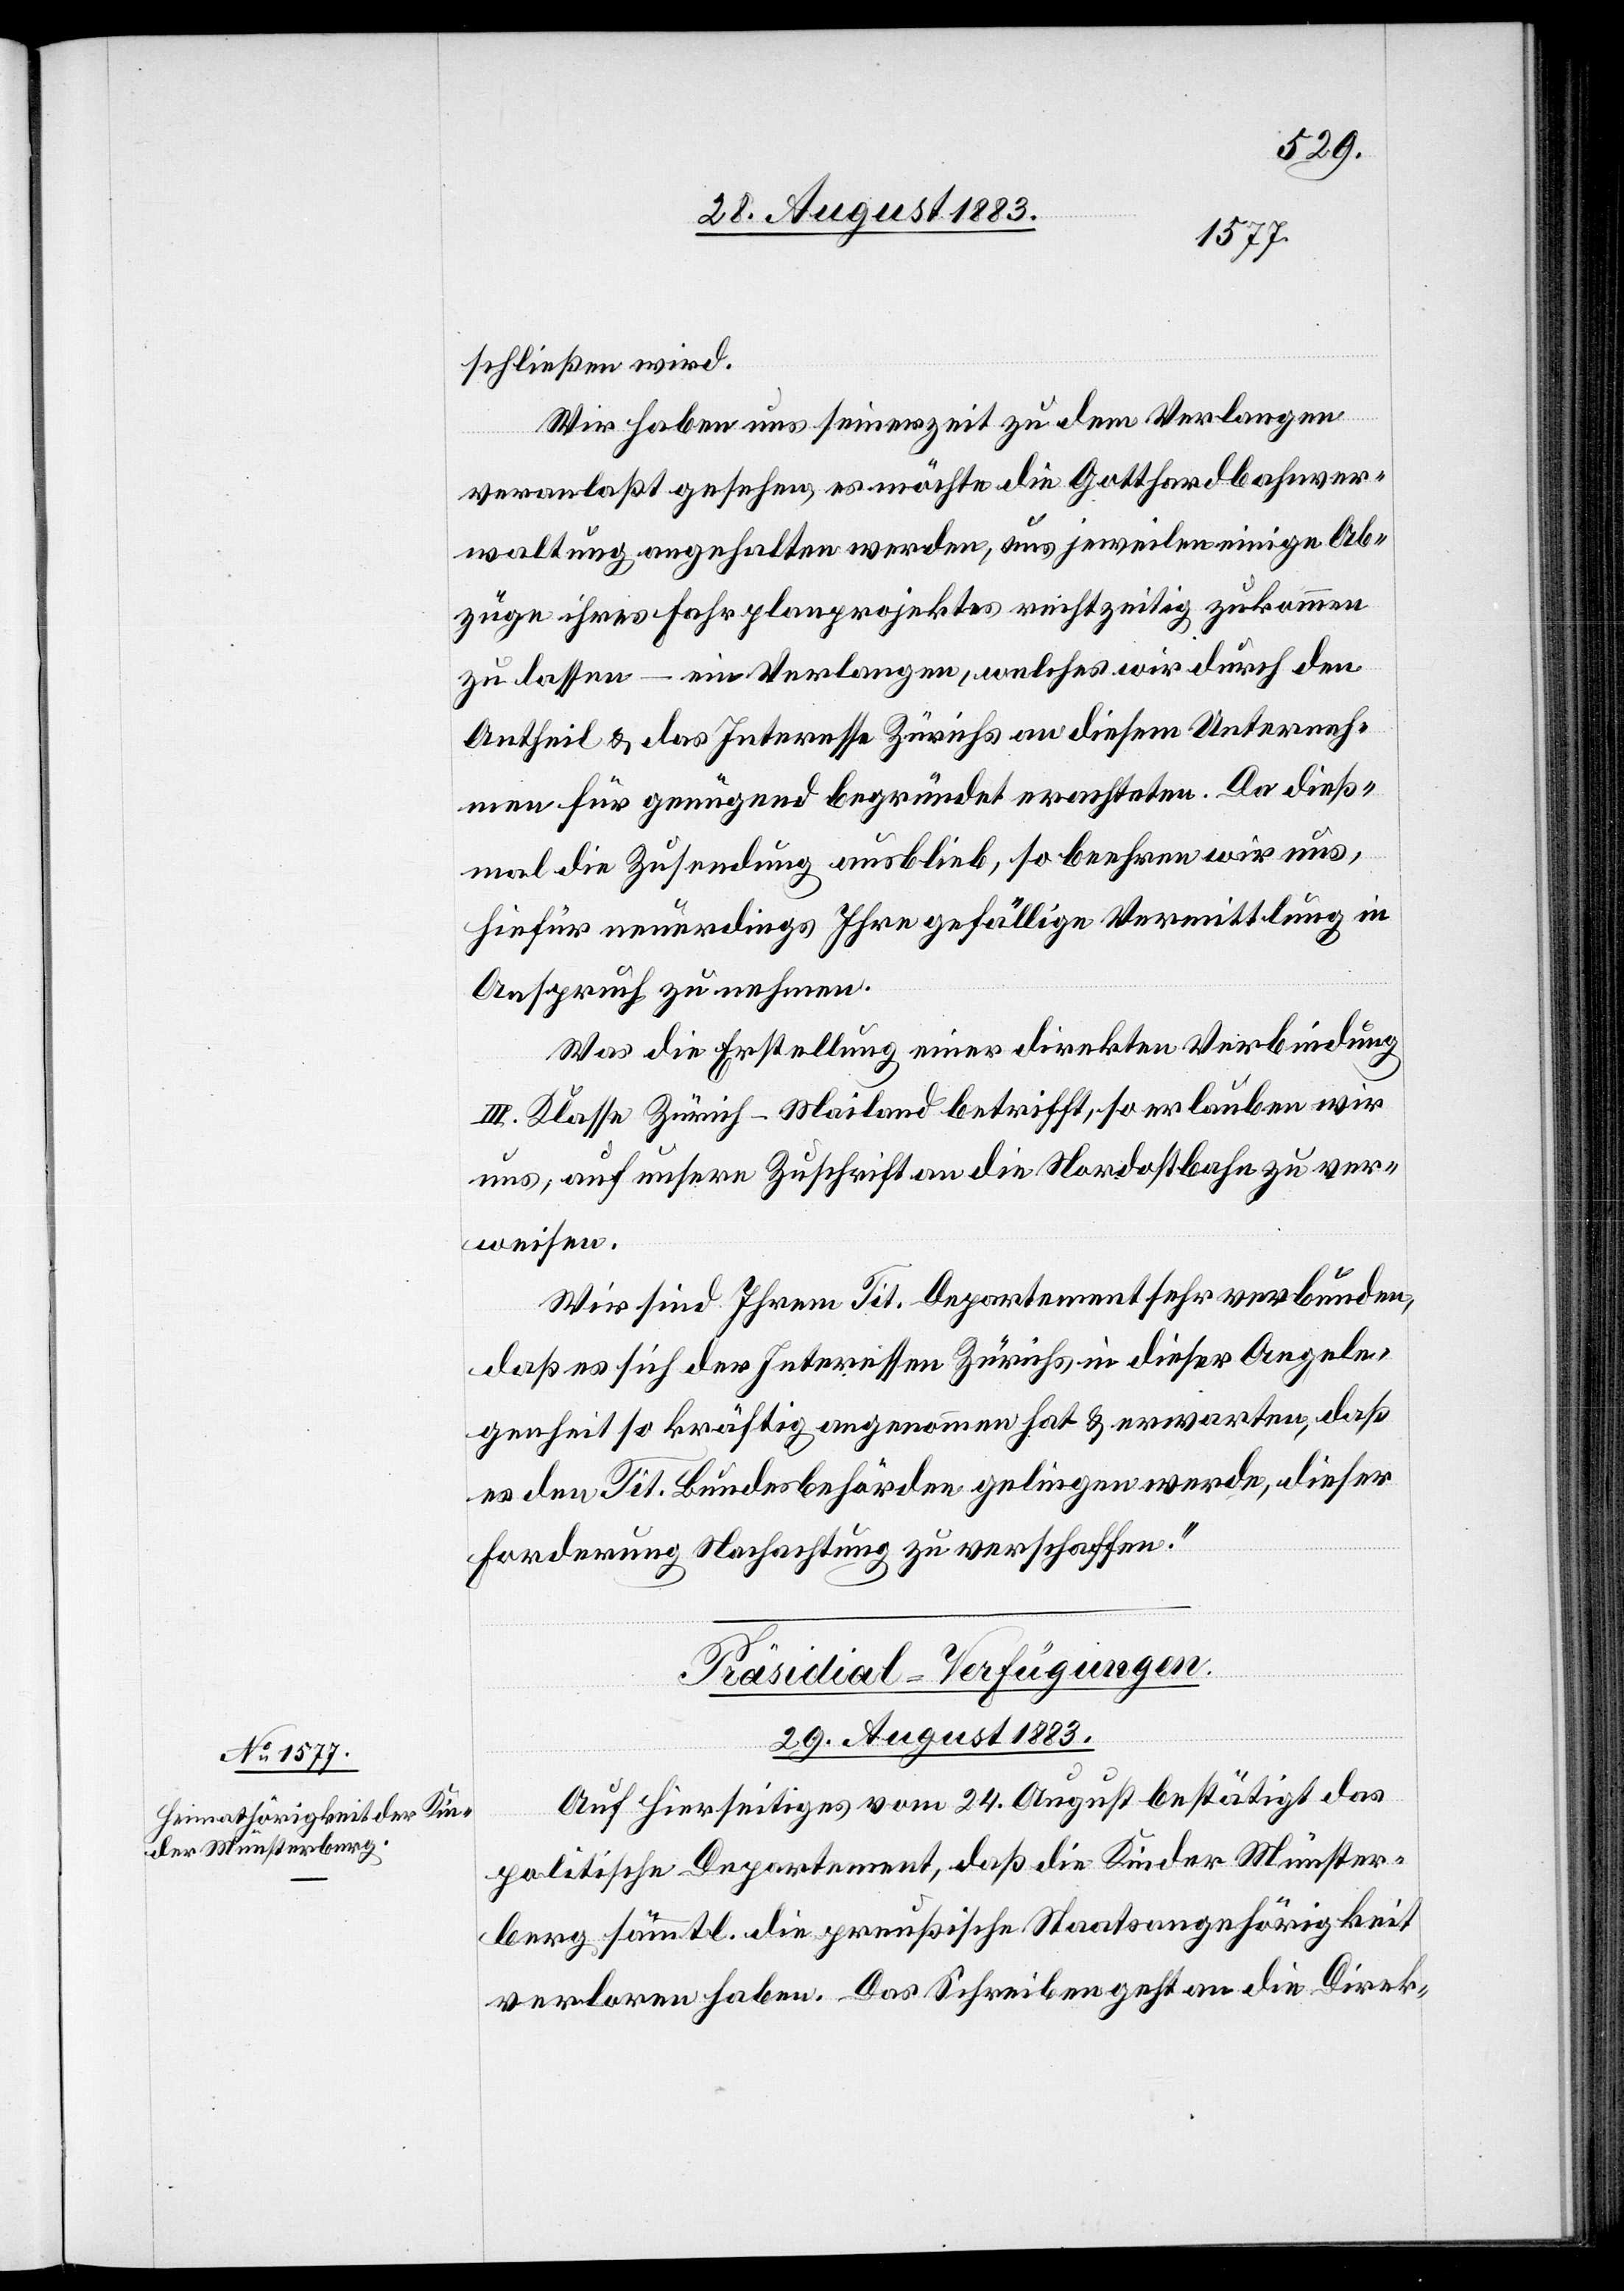
schließen wird.
Wir haben uns seinerzeit zu dem Verlangen
veranlaßt gesehen, es möchte die Gotthardbahnver¬
waltung angehalten werden, uns jeweilen einige Ab¬
züge ihres Fahrplanprojektes rechtzeitig zukommen
zu lassen – ein Verlangen, welches wir durch den
Antheil & das Interesse Zürichs an diesem Unterneh¬
men für genügend begründet erachteten. Da dieß¬
mal die Zusendung ausblieb, so beehren wir uns,
hiefür neuerdings Ihre gefällige Vermittlung in
Anspruch zu nehmen.
Was die Erstellung einer direkten Verbindung
III. Klasse Zürich–Mailand betrifft, so erlauben wir
uns, auf unsere Zuschrift an die Nordostbahn zu ver¬
weisen.
Wir sind Ihrem Tit. Departement sehr verbunden,
daß es sich der Interessen Zürichs in dieser Angele¬
genheit so kräftig angenommen hat & erwarten, daß
es den Tit. Bundesbehörden gelingen werde, dieser
Forderung Nachachtung zu verschaffen.“
Präsidial-Verfügungen.
29. August 1883.
Auf Hierseitiges vom 24. August bestätigt das
politische Departement, daß die Kinder Münster¬
berg sämmtl. die preußische Staatsangehörigkeit
verloren haben. Das Schreiben geht an die Direk-